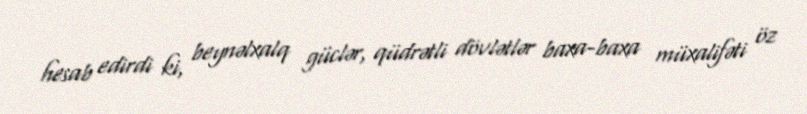
hesab edirdi ki, beynəlxalq güclər, qüdrətli dövlətlər baxa-baxa müxalifəti öz